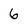
Character: 6